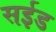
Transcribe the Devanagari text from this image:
सईड